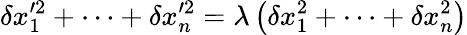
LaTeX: \delta x_{1}^{\prime 2}+\dots+\delta x_{n}^{\prime 2}=\lambda\left(\delta x_{1}^{2}+\dots+\delta x_{n}^{2}\right)